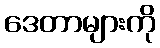
ဒေတာများကို